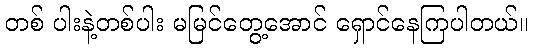
တစ် ပါးနဲ့တစ်ပါး မမြင်တွေ့အောင် ရှောင်နေကြပါတယ်။